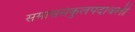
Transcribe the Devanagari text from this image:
समाससंकुलपदावली